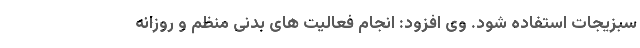
سبزیجات استفاده شود. وی افزود: انجام فعالیت های بدنی منظم و روزانه